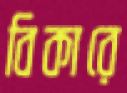
বিকারে